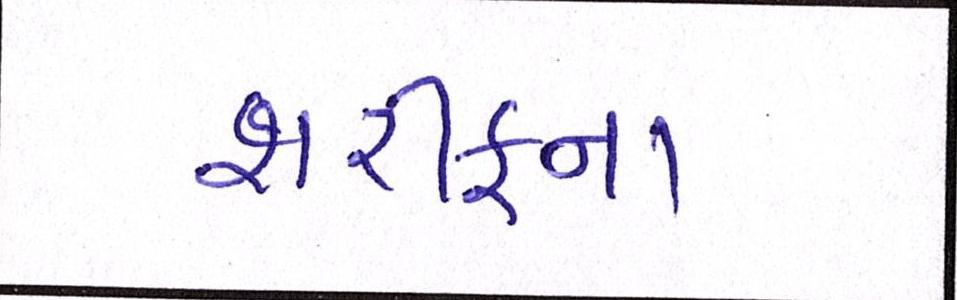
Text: શરીફના